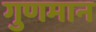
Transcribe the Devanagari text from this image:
गुणमान